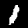
Digit: 1